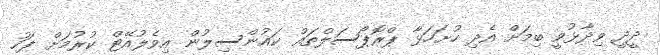
ދީދީ ވިދާޅުވީ ބިމަށް އެދި ހުށަހަޅާ ޕްރޮޕޯސަލްތައް ކައުންސިލުން އިވެލުއޭޓް ކުރުމަށް ފަހު